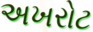
અખરોટ